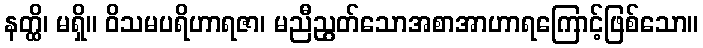
နတ္ထိ၊ မရှိ။ ဝိသမပရိဟာရဇာ၊ မညီညွတ်သောအစာအာဟာရကြောင့်ဖြစ်သော။